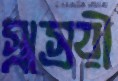
স্বস্রেয়ী